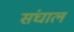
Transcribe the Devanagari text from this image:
संघाल